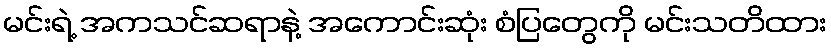
မင်းရဲ့ အကသင်ဆရာနဲ့ အကောင်းဆုံး စံပြတွေကို မင်းသတိထား